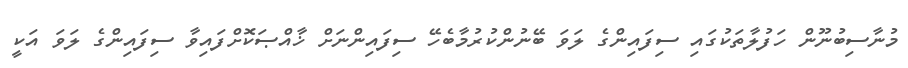
މުނާސިބުނޫން ހަފުލާތަކުގައި ސިފައިންގެ ލަވަ ބޭނުންކުރުމާބެހޭ ސިފައިންނަށް ޚާއްޞަކޮށްފައިވާ ސިފައިންގެ ލަވަ އަކީ